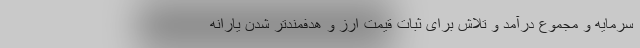
سرمایه و مجموع درآمد و تلاش برای ثبات قیمت ارز و هدفمندتر شدن یارانه